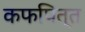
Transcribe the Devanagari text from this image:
कफपित्त